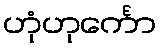
ဟုံဟုင်္ကော